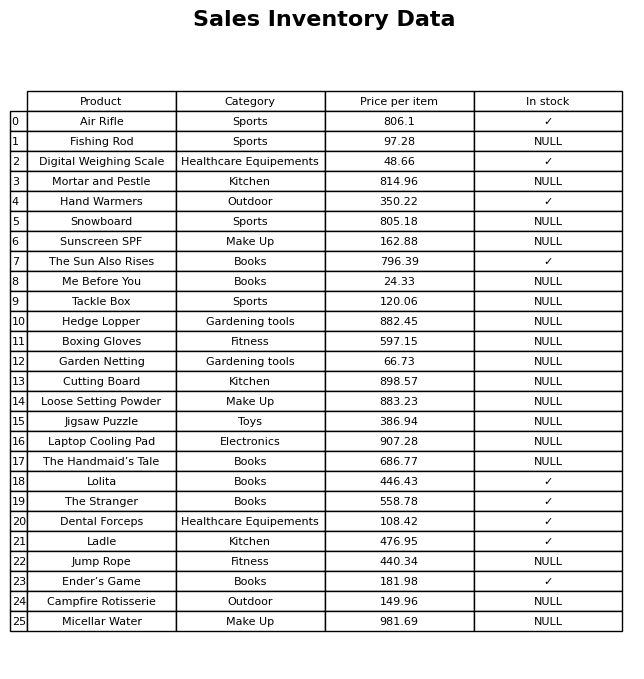
question: What category does the Cutting Board belong to?
answer: Kitchen